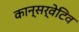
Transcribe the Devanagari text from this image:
कान्सर्वेटिव